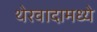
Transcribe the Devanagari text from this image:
थेरवादामध्ये